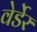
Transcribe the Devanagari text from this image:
वेर्डेर